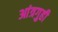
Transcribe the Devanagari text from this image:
आंत्रगुही